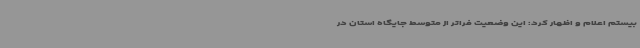
بیستم اعلام و اظهار کرد: این وضعیت فراتر از متوسط جایگاه استان در